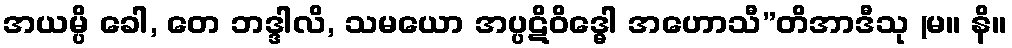
အယမ္ပိ ခေါ, တေ ဘဒ္ဒါလိ, သမယော အပ္ပဋိဝိဒ္ဓေါ အဟောသီ”တိအာဒီသု (မ။ နိ။